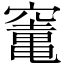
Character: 竃